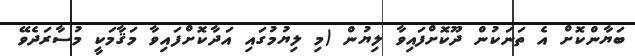
ބަޔާންކޮށް އެ ތަނަކުން ދޫކޮށްފައިވާ ލިޔުން (މި ލިޔުމުގައި އަދާކޮށްފައިވާ މަޤާމަކީ މުސާރަދެވޭ